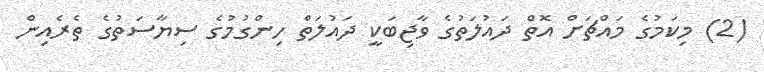
(2) މިކަމުގެ މައްޗަށް އޮތް ދައުލަތުގެ ވާޖިބަކީ ދައުލަތް ހިންގުމުގެ ސިޔާސަތުގެ ތެރެއިން